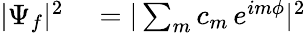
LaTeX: \begin{array}{rl}{|\Psi_{f}|^{2}}&{{}=|\sum_{m}c_{m}\, e^{im\phi}|^{2}}\end{array}